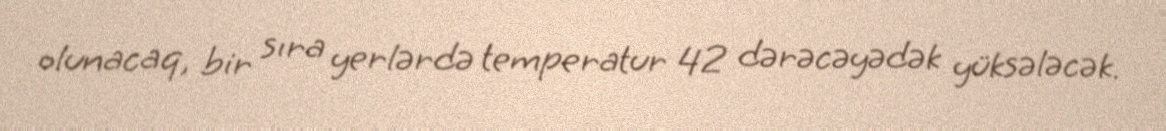
olunacaq, bir sıra yerlərdə temperatur 42 dərəcəyədək yüksələcək.